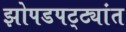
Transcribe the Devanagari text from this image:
झोपडपट्ट्यांत